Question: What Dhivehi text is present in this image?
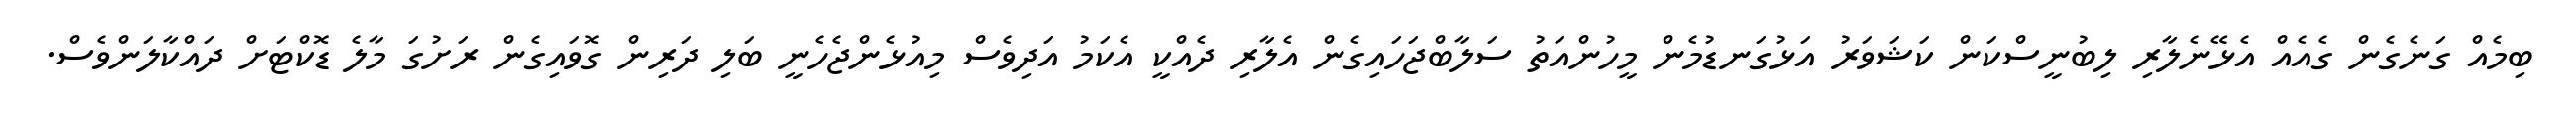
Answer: ބިމެއް ގަނެގެން ގެއެއް އެޅޭނެލާރި ލިބުނީސްކަން ކަޝަވަރު އަޅުގަނޑުމެން މީހުންއަތު ސަލާބްޖަހައިގެން އެލާރި ދެއްކީ އެކަމު އަދިވެސް މިއުޅެންޖެހެނީ ބަލި ދަރިން ގޮވައިގެން ރަށުގަ މާލެ ޑޮކްޓަށް ދައްކާލަންވެސް.